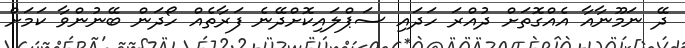
ދޭ ނަމޫނާއާ އެއްގޮތަށް ދުއްރަ ހަދައި ސަޕްލައިކޮށްދޭނެ ފަރާތެއް ހޯދަން ބޭނުންވާ ކަމަށް